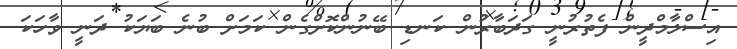
އިސްލާމްދީން ފެތުރުނީ ގަދަބާރުން ކަނޑި ބޭނުންކޮށްގެން ކަމަށް ބުނެ ބަޔަކު ދަނީ ވާހަކަ